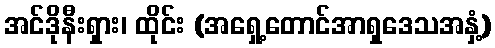
အင်ဒိုနီးရှား၊ ထိုင်း (အရှေ့တောင်အာရှဒေသအနှံ့)